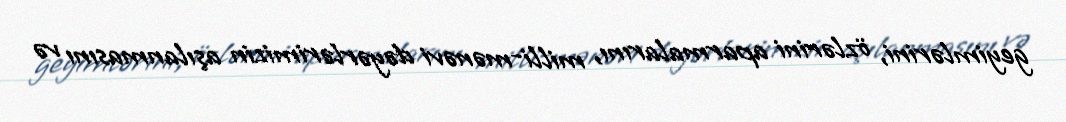
geyimlərini, özlərini aparmalarını, milli-mənəvi dəyərlərimizin aşılanmasını və